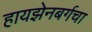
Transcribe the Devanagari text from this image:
हायझेनबर्गचा